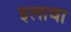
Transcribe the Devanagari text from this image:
इलाथा